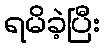
ရမိခဲ့ပြီး